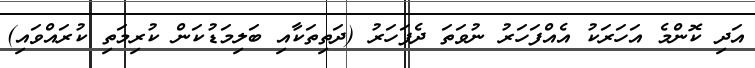
އަދި ކޮންމެ އަހަރަކު އެއްފަހަރު ނުވަތަ ދެފަހަރު (ދަތިތަކާއި ބަލިމަޑުކަން ކުރިމަތި ކުރައްވައި)